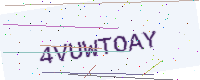
Text: 4VUWTOAY